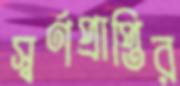
স্বর্ণপ্রাপ্তির